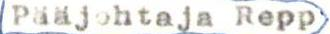
Pääjohtaja Repp